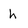
Character: h